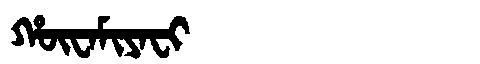
Manchu: ᡥᡡᠸᠠᠮᡳᠶᠠᠸᡳ
Romanization: HŪWAMIYAFI